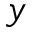
y